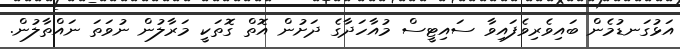
އަޅުގަނޑުމެން ބައިވެރިވެފައިވާ ސައިޓީސް މުއާހަދާގެ ދަށުން އޮތް ގޮތަކީ މަރާލުން ނުވަތަ ނައްތާލުން.